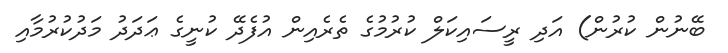
ބޭނުން ކުރުން) އަދި ރީސައިކަލް ކުރުމުގެ ތެރެއިން އުފެދޭ ކުނީގެ ޢަދަދު މަދުކުރުމާއި